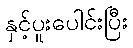
နှင့်ပူးပေါင်းပြီး